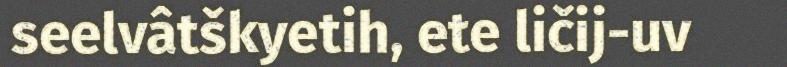
seelvâtškyetih, ete ličij-uv